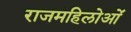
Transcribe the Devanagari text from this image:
राजमहिलोओं